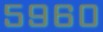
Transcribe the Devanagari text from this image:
५९६०